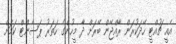
އެއީ ޗުއްޓީ ހޭދަކުރަން ރާއްޖޭން ބޭރަށް ދާ މީހުންގެ ހަތަރު ޕަސެންޓް ކަމަށް